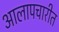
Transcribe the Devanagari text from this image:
आलापचारीत